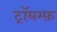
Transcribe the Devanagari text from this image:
ट्रॉयम्फ़